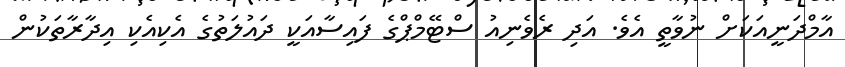
އާމްދަނީއަަަކަށް ނުވާތީ އެވެ. އަދި ރެވެނިއު ސްޓޭމްޕްގެ ފައިސާއަކީ ދައުލަތުގެ އެކިއެކި އިދާރާތަކުން